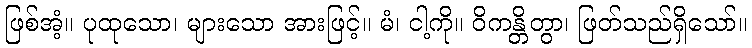
ဖြစ်အံ့။ ပုထုသော၊ များသော အားဖြင့်။ မံ၊ ငါ့ကို။ ဝိကန္တိတွာ၊ ဖြတ်သည်ရှိသော်။